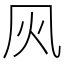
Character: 㶡